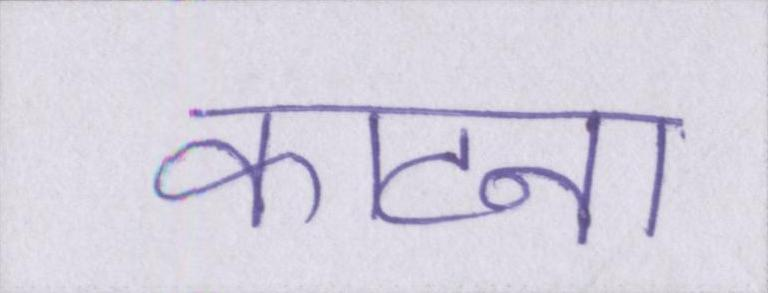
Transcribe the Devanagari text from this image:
काटना